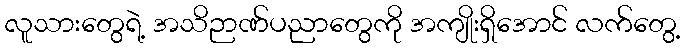
လူသားတွေရဲ့ အသိဉာဏ်ပညာတွေကို အကျိုးရှိအောင် လက်တွေ့